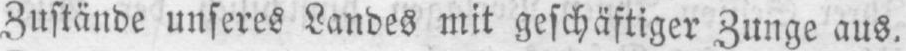
Zustände unseres Landes mit geschäftiger Zunge aus.